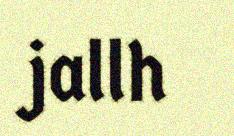
jallh